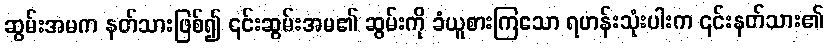
ဆွမ်းအမက နတ်သားဖြစ်၍ ၎င်းဆွမ်းအမ၏ ဆွမ်းကို ခံယူစားကြသော ရဟန်းသုံးပါးက ၎င်းနတ်သား၏